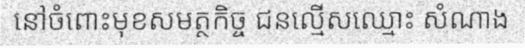
នៅចំពោះមុខសមត្ថកិច្ច ជនល្មើសឈ្មោះ សំណាង